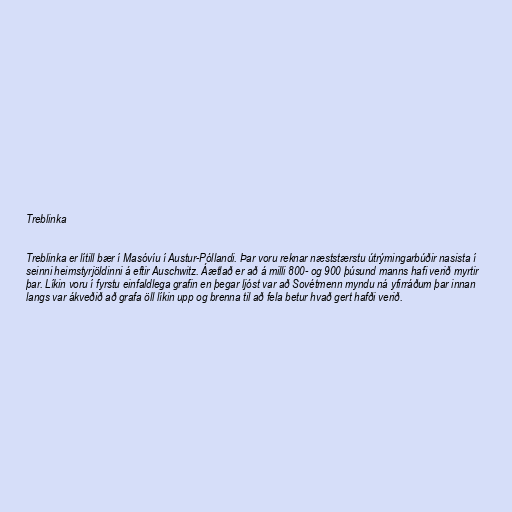
Treblinka

Treblinka er lítill bær í Masóvíu í Austur-Póllandi. Þar voru reknar næststærstu útrýmingarbúðir nasista í
seinni heimstyrjöldinni á eftir Auschwitz. Áætlað er að á milli 800- og 900 þúsund manns hafi verið myrtir
þar. Líkin voru í fyrstu einfaldlega grafin en þegar ljóst var að Sovétmenn myndu ná yfirráðum þar innan
langs var ákveðið að grafa öll líkin upp og brenna til að fela betur hvað gert hafði verið.